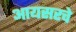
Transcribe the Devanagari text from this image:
आयसरचे